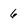
Character: 6